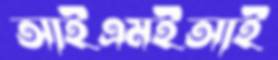
আইএমইআই